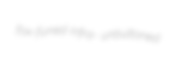
fox-furred infra- unbuttoned